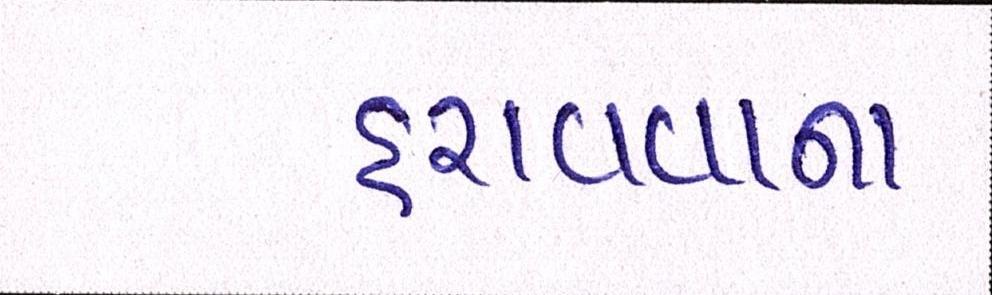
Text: હરાવવાના